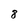
Character: 8